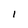
Character: l